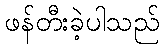
ဖန်တီးခဲ့ပါသည်